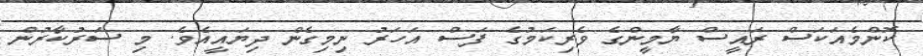
ކޮންމެއަކަސް ރައީސް ޔާމީންގެ ވެރިކަމުގެ ފަސް އަހަރު ނިމިގެން ދިޔައީއެވެ. މި ސަރުކާރުން